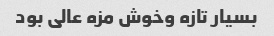
بسیار تازه وخوش مزه عالی بود